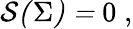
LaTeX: \mathcal{S(}\Sigma\mathcal{)=\; }0\; ,